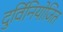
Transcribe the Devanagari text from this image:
दुर्विनियोजित